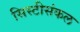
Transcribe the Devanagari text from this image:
सिस्टीसंकल